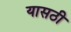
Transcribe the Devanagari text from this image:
यासठी